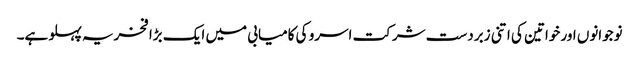
نوجوانوں اور خواتین کی اتنی زبردست شرکت اسرو کی کامیابی میں ایک بڑا فخریہ پہلو ہے۔